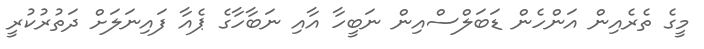
މީގެ ތެރެއިން އަންހެން ޑަބަލްސްއިން ނަބީހާ އާއި ނަބާހާގެ ޕެއާ ފައިނަލަށް ދަތުރުކުރީ